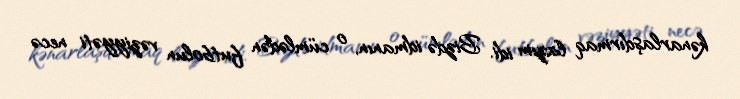
kənarlaşdırmaq lazım idi. Bizdə idmanın, o cümlədən futbolun vəziyyəti necə